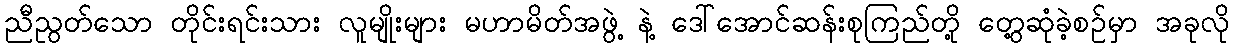
ညီညွတ်သော တိုင်းရင်းသား လူမျိုးများ မဟာမိတ်အဖွဲ့ နဲ့ ဒေါ်အောင်ဆန်းစုကြည်တို့ တွေ့ဆုံခဲ့စဉ်မှာ အခုလို